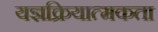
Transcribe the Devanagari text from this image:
यज्ञक्रियात्मकता